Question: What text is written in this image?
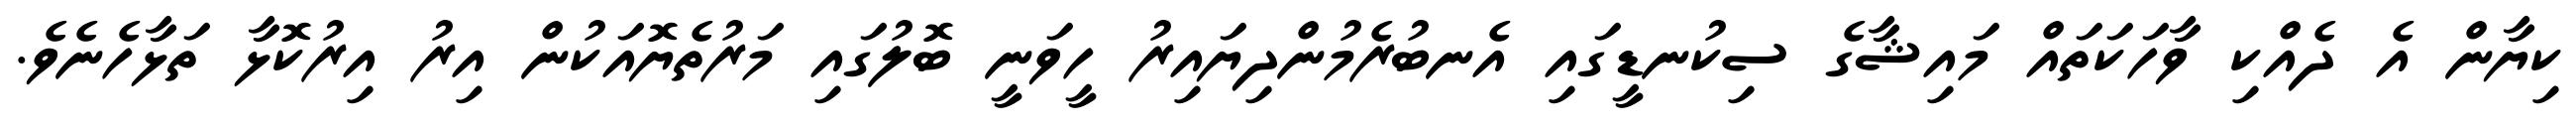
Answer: ކިޔާން އެ ދެއްކި ވާހަކަތައް މައިޝާގެ ސިކުނޑީގައި އެނބުރެމުންދިޔައިރު ހީވަނީ ބޮލުގައި މަރުތެޔޮއަކުން އިރު އިރުކޮޅާ ތަޅާހެނެވެ.